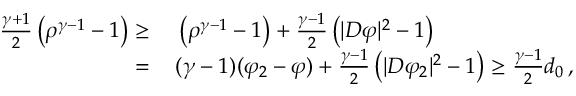
\begin{array} { r l } { \frac { \gamma + 1 } { 2 } \left( \rho ^ { \gamma - 1 } - 1 \right) \geq \, } & { { } \left( \rho ^ { \gamma - 1 } - 1 \right) + \frac { \gamma - 1 } { 2 } \left( | D \varphi | ^ { 2 } - 1 \right) } \\ { = \, } & { { } ( \gamma - 1 ) ( \varphi _ { 2 } - \varphi ) + \frac { \gamma - 1 } { 2 } \left( | D \varphi _ { 2 } | ^ { 2 } - 1 \right) \geq \frac { \gamma - 1 } { 2 } d _ { 0 } \, , } \end{array}